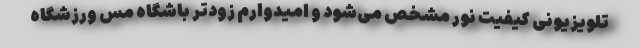
تلویزیونی کیفیت نور مشخص می‌شود و امیدوارم زودتر باشگاه مس ورزشگاه